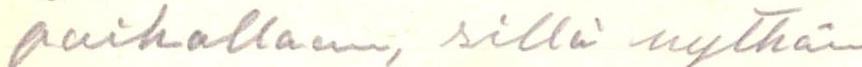
paikallaan, sillä nythän